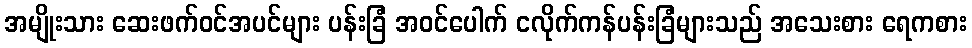
အမျိုးသား ဆေးဖက်ဝင်အပင်များ ပန်းခြံ အဝင်ပေါက် ငလိုက်ကန်ပန်းခြံများသည် အသေးစား ရေကစား